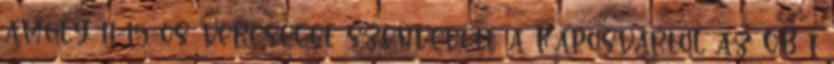
amely 11-15-ös vereséget szenvedett a Kaposvártól az OB I